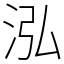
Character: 泓